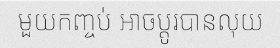
មួយកញ្ចប់ អាចប្តូរបានលុយ